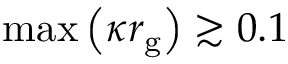
\mathrm { m a x } \left( \kappa r _ { \mathrm { g } } \right) \gtrsim 0 . 1